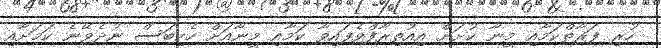
ހުރި ފަރާތްކަމާއި މީނާ ކުށަށް އިއުތިރާފްވެފައިވާ ކަމާއި މީނާއަށް ހެކިބަސް ނުދެވޭނެ ކަމަށާއި